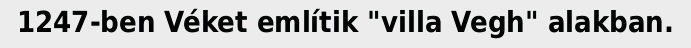
1247-ben Véket említik "villa Vegh" alakban.